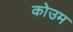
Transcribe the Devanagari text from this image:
कोउम